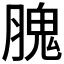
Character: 𦞙